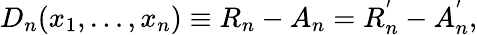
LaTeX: D_{n}(x_{1},\ldots,x_{n})\equiv R_{n}-A_{n}=R_{n}^{^{\prime}}-A_{n}^{^{\prime}},